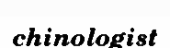
chinologist